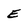
Character: e